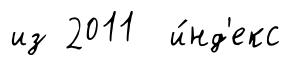
из 2011 и́нд'екс